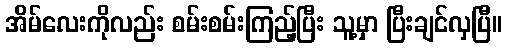
အိမ်လေးကိုလည်း စမ်းစမ်းကြည့်ပြီး သူ့မှာ ပြီးချင်လှပြီ။